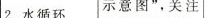
2.水循环示意图”，关注